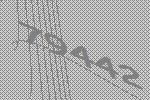
79442